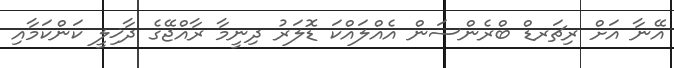
އޭނާ އަށް ރިޗަރޑް ބްރެންސަން އެއްލައްކަ ޑޮލަރު ދިނީމާ ރާއްޖޭގެ ދާޚިލީ ކަންކަމާއި